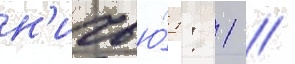
н'ичью́ 1: 1 //